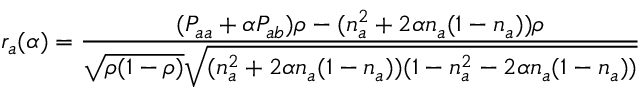
r _ { a } ( \alpha ) = \frac { ( P _ { a a } + \alpha P _ { a b } ) \rho - ( n _ { a } ^ { 2 } + 2 \alpha n _ { a } ( 1 - n _ { a } ) ) \rho } { \sqrt { \rho ( 1 - \rho ) } \sqrt { ( n _ { a } ^ { 2 } + 2 \alpha n _ { a } ( 1 - n _ { a } ) ) ( 1 - n _ { a } ^ { 2 } - 2 \alpha n _ { a } ( 1 - n _ { a } ) ) } }